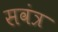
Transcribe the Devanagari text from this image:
सवंत्र